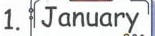
1.January